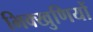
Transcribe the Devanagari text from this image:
भिक्खुणियों